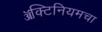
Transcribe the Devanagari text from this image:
ॲक्टिनियमचा